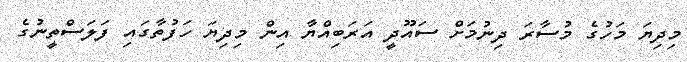
މިދިޔަ މަހުގެ މުސާރަ ދިނުމަށް ސައޫދީ އަރަބިއްޔާ އިން މިދިޔަ ހަފުތާގައި ފަލަސްތީނުގެ